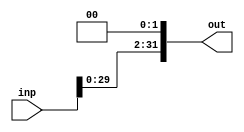
module Shift_left_twice
#(parameter WIDTH = 32)  
(
input [WIDTH-1:0] inp,
output [WIDTH-1:0] out
);

assign out = inp << 2;

endmodule